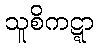
သူစိကဋ္ဋာ